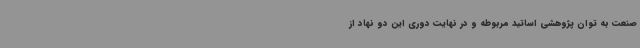
صنعت به توان پژوهشی اساتید مربوطه و در نهایت دوری این دو نهاد از